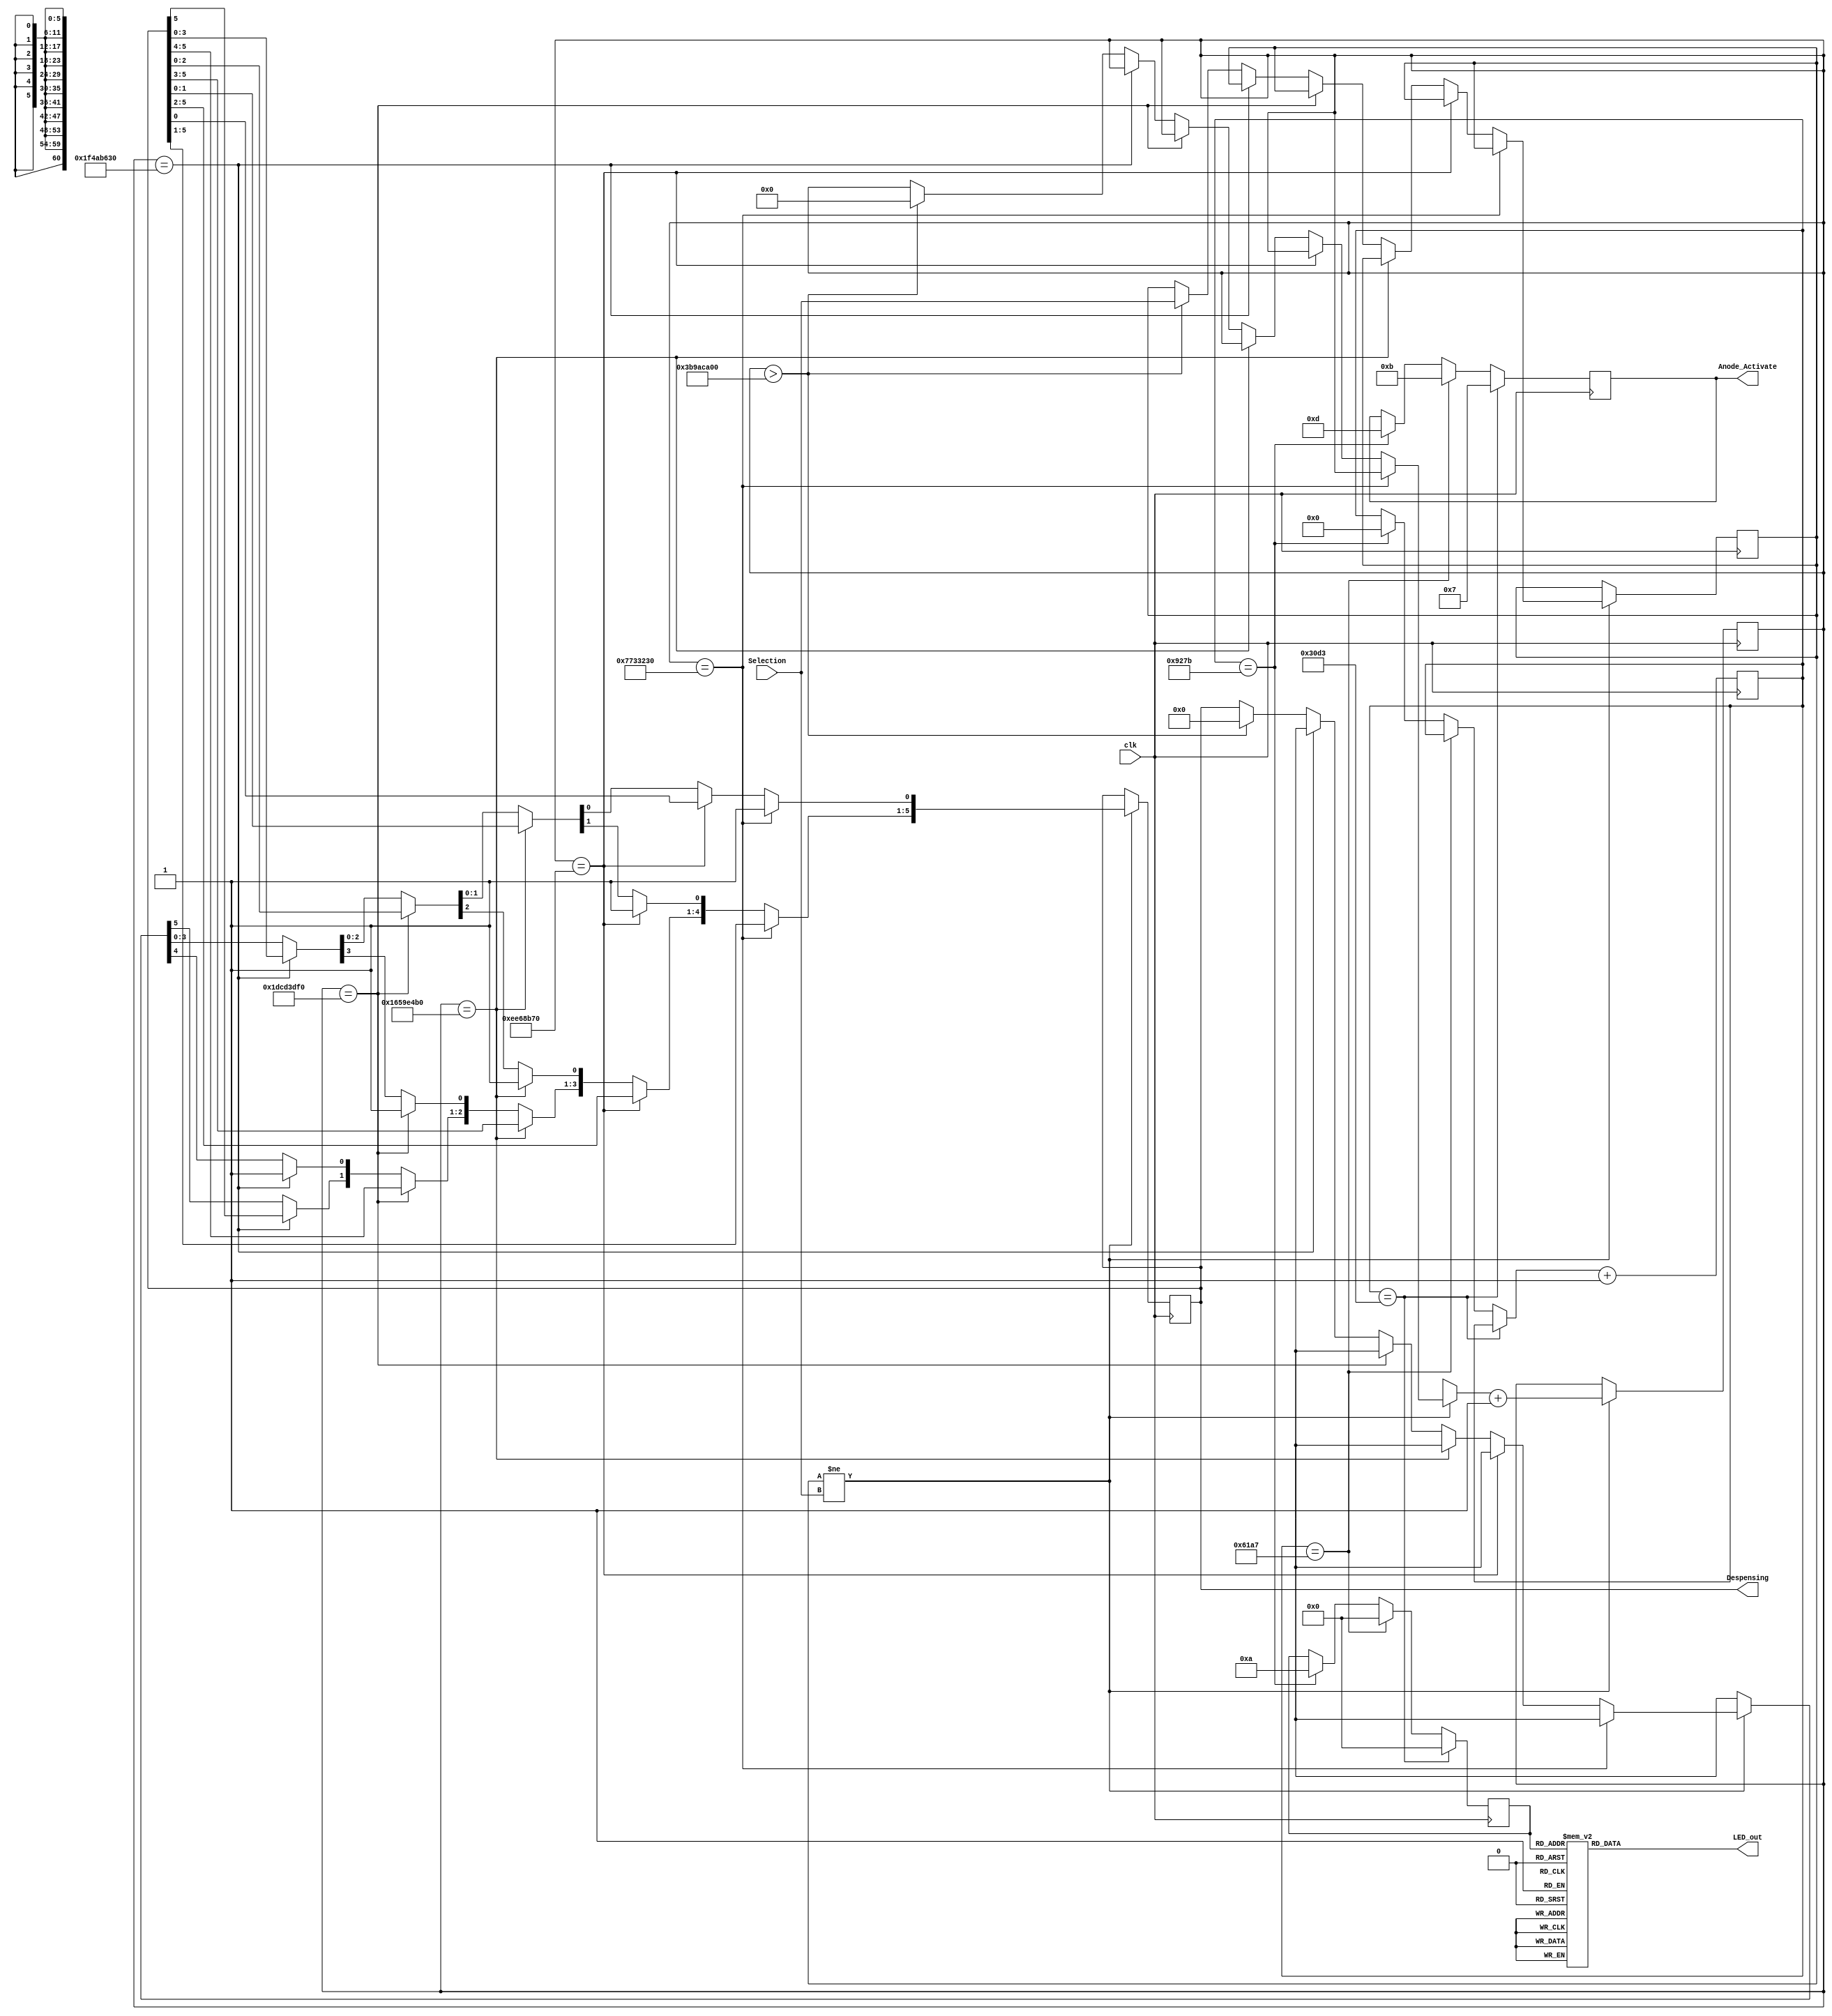
`timescale 1ns / 1ps
//////////////////////////////////////////////////////////////////////////////////
// Company: 
// Engineer: 
// 
// Design Name: 
// Module Name: VendingMachine
// Project Name: 
// Target Devices: 
// Tool Versions: 
// Description: 
// 
// Dependencies: 
// 
// Revision:
// Revision 0.01 - File Created
// Additional Comments:
// 
//////////////////////////////////////////////////////////////////////////////////


module VendingMachine(
    input clk,
    input [7:0] Selection,
    output [5:0] Despensing,
    output reg [3:0] Anode_Activate, // anode signals of the 7-segment LED display
    output reg [6:0] LED_out// cathode patterns of the 7-segment LED display
    );
    //...................................
    reg [3:0] LED_BCD;
    reg [27:0] waittime = 0;
    reg [60:0] waittime2 = 0;
    reg [3:0] Seg1;
    reg [3:0] Seg2;
    reg [3:0] Seg3;
    reg [3:0] Seg4;
    reg [7:0] RegSelection = 0;
    reg [5:0] RegDespensing = 0;
    reg [2:0] State;
    //...................................
        
    always @(posedge clk)
    begin
        if(RegSelection != Selection)
        begin
            if(waittime2 ==124990000)
            begin
                RegDespensing[0] = 1;
            end
            else if(waittime2 ==249990000)
            begin
                RegDespensing[1] = 1;
            end
            else if(waittime2 ==374990000)
            begin
                RegDespensing[2] = 1;
            end
            else if(waittime2 ==499990000)
            begin
                RegDespensing[3] = 1;
            end
            else if(waittime2 ==524990000)
            begin
                RegDespensing[4] = 1;
            end
            else if(waittime2 >1000000000)
            begin
                RegSelection = Selection;
                RegDespensing = 6'b000000;
                waittime2 = 0;
            end
            waittime2 = waittime2 + 1;
        end
    end
    
    always @(posedge clk)
    begin
        
        Seg1 = 0;
        Seg2 = 0;
        Seg3 = 10;
        Seg4 = 5;   
        
        if(waittime ==12499)
        begin
            Anode_Activate = 4'b0111; 
            // activate LED1 and Deactivate LED2, LED3, LED4
            LED_BCD = Seg1;
        end
        else if(waittime ==24999)
        begin
            Anode_Activate = 4'b1011; 
            LED_BCD = Seg2;
        end
        else if(waittime ==37499)
        begin
            Anode_Activate = 4'b1101; 
            LED_BCD = Seg3;
            waittime = 0;
        end
        waittime = waittime + 1;
    end
    
    always@(*)
    begin
        case(LED_BCD)
            5'b00000: LED_out  = 7'b0000001; // "0"  
            5'b00001: LED_out  = 7'b1001111; // "1" 
            5'b00010: LED_out  = 7'b0010010; // "2" 
            5'b00011: LED_out  = 7'b0000110; // "3" 
            5'b00100: LED_out  = 7'b1001100; // "4" 
            5'b00101: LED_out  = 7'b0100100; // "5" 
            5'b00110: LED_out  = 7'b0100000; // "6" 
            5'b00111: LED_out  = 7'b0001111; // "7" 
            5'b01000: LED_out  = 7'b0000000; // "8"  
            5'b01001: LED_out  = 7'b0000100; // "9" 
            5'b01010: LED_out  = 7'b0011000; // "P"
            default: LED_out  = 7'b1111111; // "0"
        endcase
    end
    
assign Despensing = RegDespensing;
    
endmodule